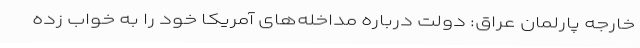
خارجه پارلمان عراق: دولت درباره مداخله‌های آمریکا خود را به خواب زده